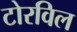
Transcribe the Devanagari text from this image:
टोरविल